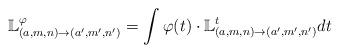
LaTeX: \begin{align*}\mathbb{L}_{(a,m,n)\to(a',m',n')}^{\varphi}=\int \varphi(t) \cdot \mathbb{L}_{(a,m,n)\to(a',m',n')}^{t} dt\end{align*}